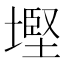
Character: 𡐖